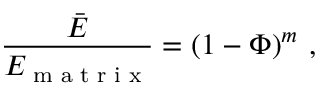
\frac { \bar { E } } { E _ { \textup { m a t r i x } } } = ( 1 - \Phi ) ^ { m } \ ,